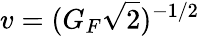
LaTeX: v=(G_{F}{\sqrt{2}})^{-1/2}